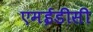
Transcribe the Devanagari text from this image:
एमईडीसी